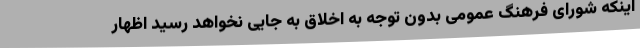
اینکه شورای فرهنگ عمومی بدون توجه به اخلاق به جایی نخواهد رسید اظهار